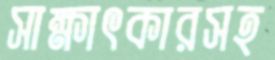
সাক্ষাৎকারসহ